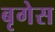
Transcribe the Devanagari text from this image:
बृगेस